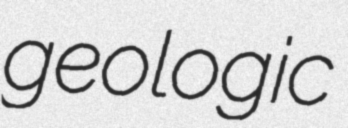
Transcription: geologic